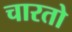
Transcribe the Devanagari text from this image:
चारतो